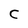
Character: C